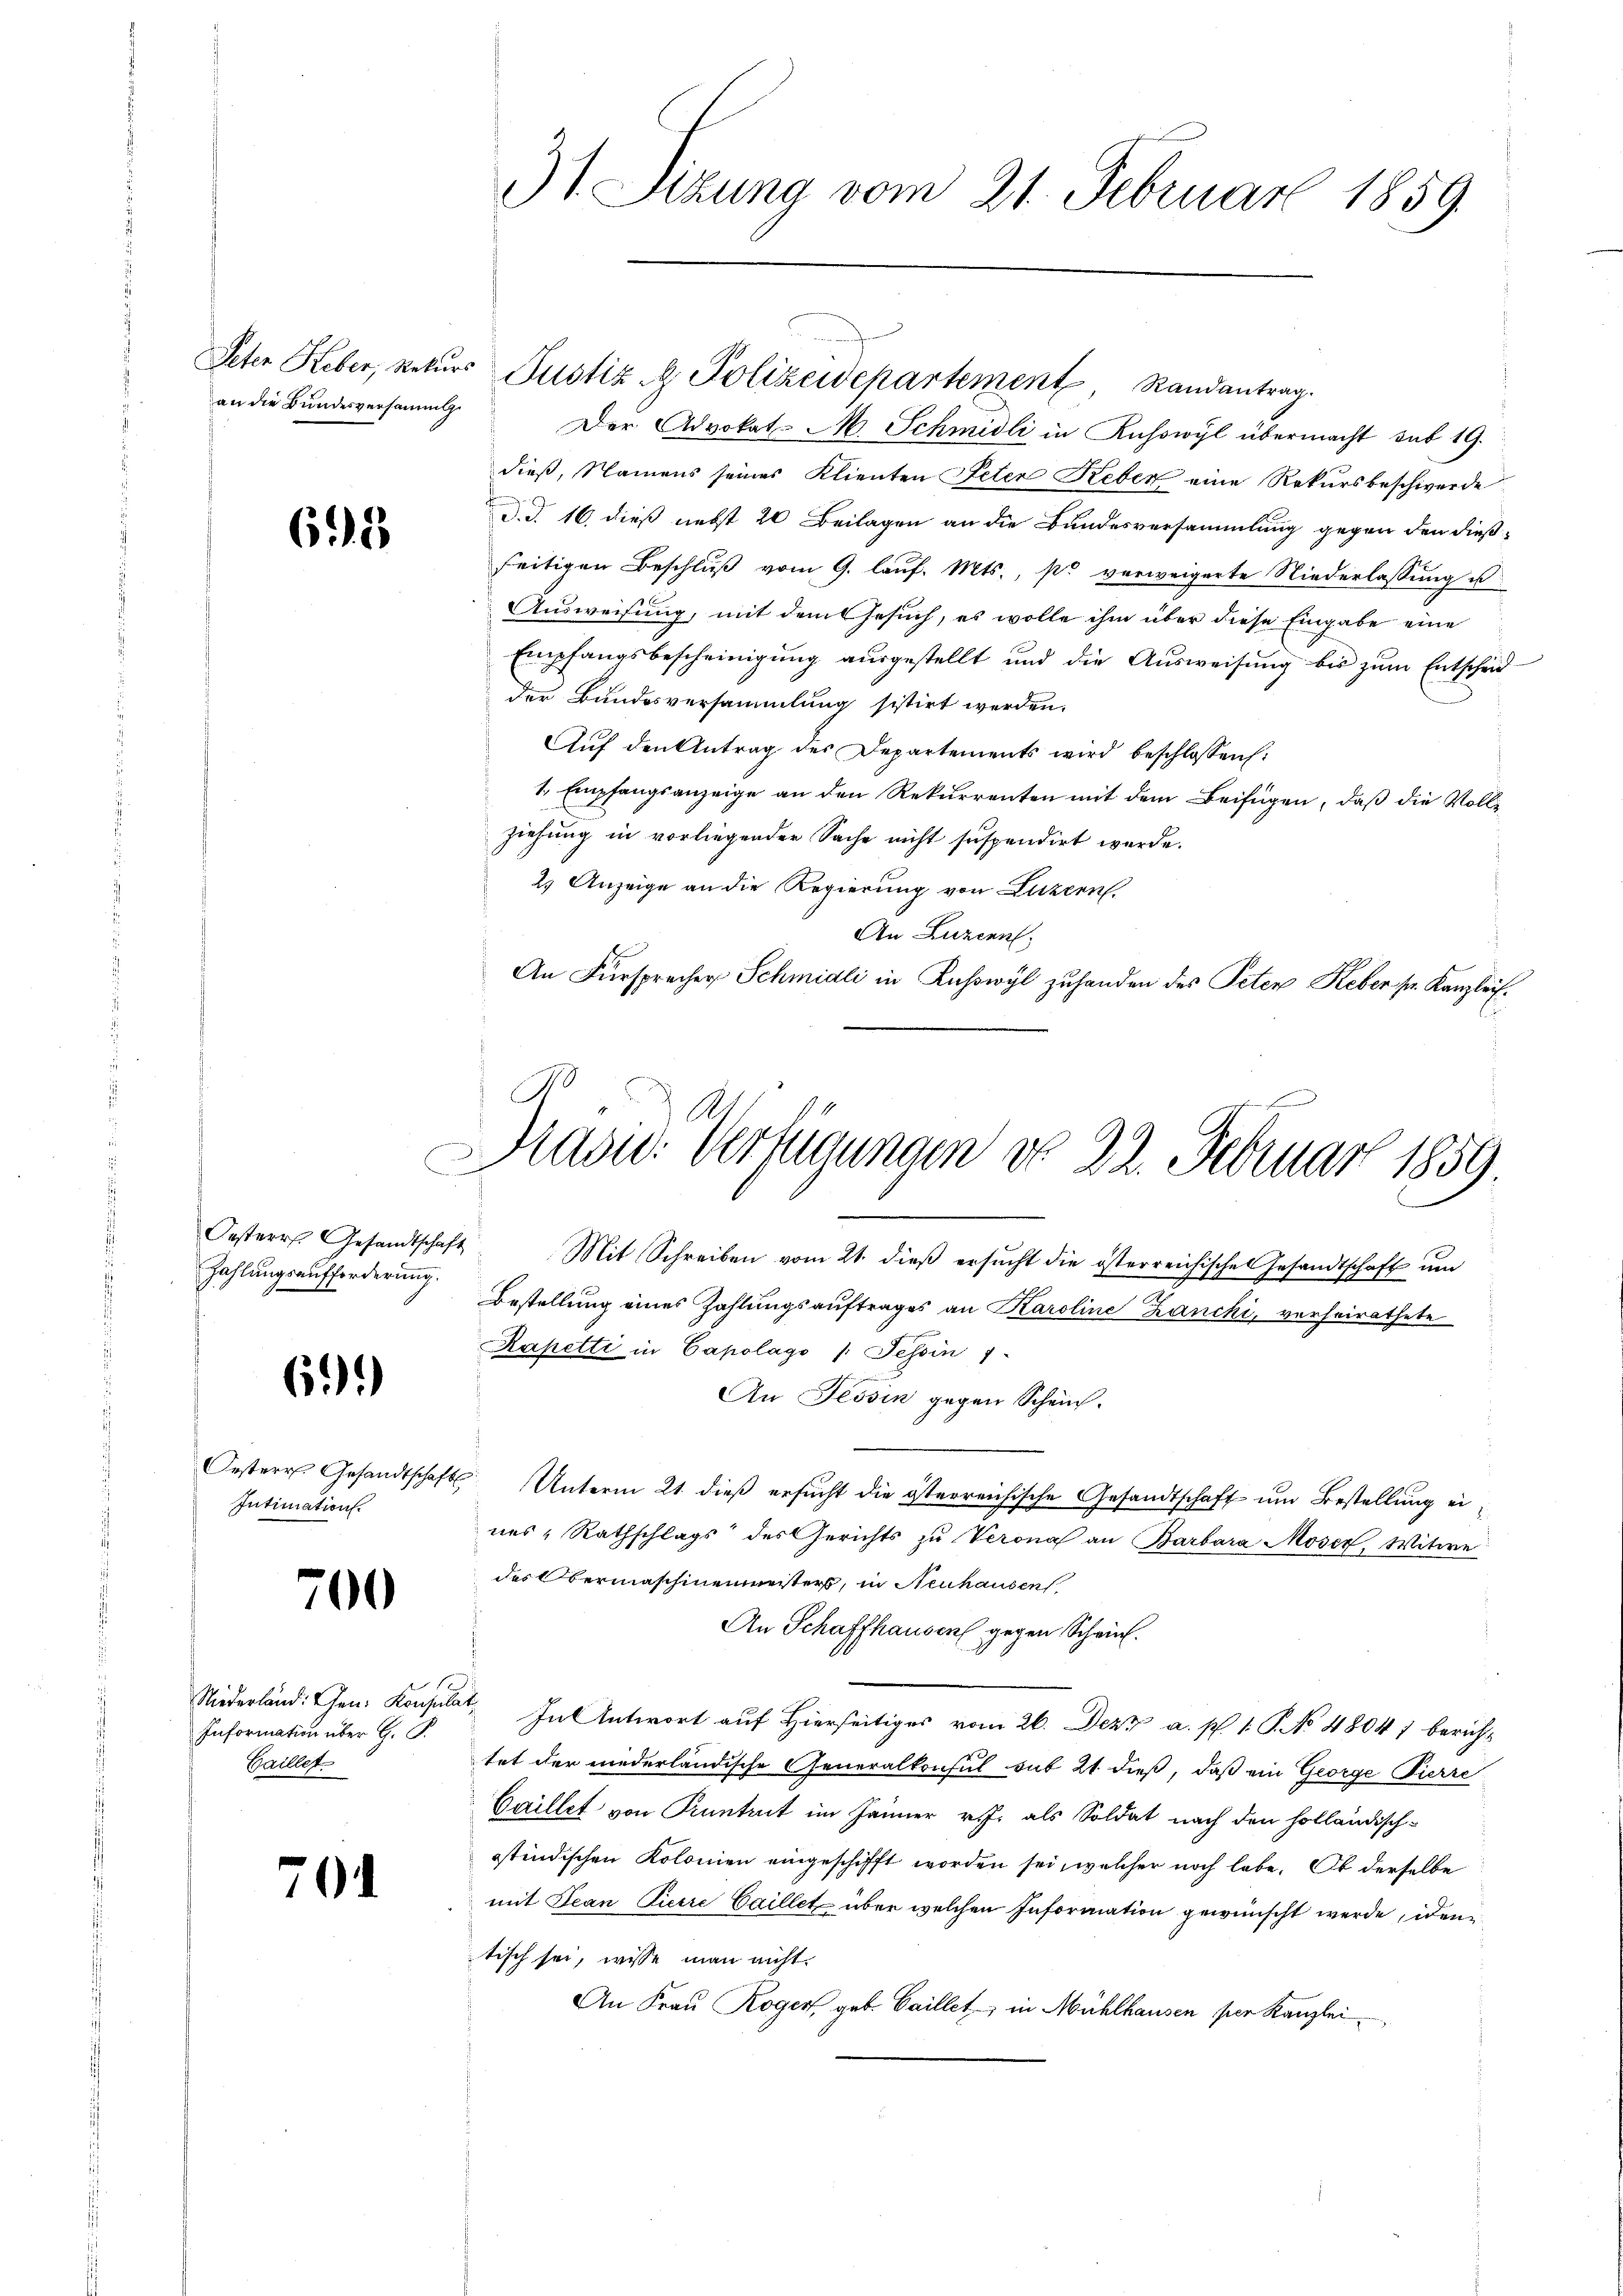
an die Bundesversammlg.

695

Oesterr. Gesandtschaft
Zahlungsaufforderung.

61)

Intimation.

700

Niederland: Chen: Konsulat
Information über G. P.
Gaillet

7

31 Sizung vom 21. Februar 1859

Hasid. Verfügungen do 22. Februar 1859.
i

Der Advokat-M. Schmidli in Kuhswyl übermacht sub 19.
dieß, Namens seines Klienten Peten Reber eine Rekursbeschwerde
d. d. 16. dieß nebst 20 Beilagen an die Bundesversammlung gegen den dießseitigen Beschluß vom 9. lauf. Mts., so verweigerte Niederlassung u
Ausweisung, mit dem Gesuch, es wolle ihm über diese Eingabe eine
Empfangsbescheinigung ausgestellt und die Aŭsweisŭng bis zŭm Entscheid-
der Bundesversammlung sistirt werden.
Auf den Antrag des Departements wird beschlossen:
1. Empfangsanzeige an den Rekurrenten mit dem Beifügen, daß die Vollziehung in vorliegender Sache nicht suspendirt werde.
2) Anzeige an die Regierung von Luzzen.
An Luzern,
An Fürsprecher Schmidli in Ruswyl zuhanden des Peten Keber pr. Kanzlei.
.

Peter Heber, Rekurs Justiz & Polizeidepartement Randantrag.

Mit Schreiben vom 21. dieß ersucht die österreichischen Gesandtschaft und
Bestellung eines Zahlungsauftrages an Karoline Zanchi, verheirathete
Rapetti in Capolagi /: Tessin
An Tessin gegen Schein.
Oesterr Gesandtschaft Unterm 21. dieβ ersŭcht die österreichische Gesandtschaft um Bestellung ei
nes, Rathschlags des Gerichts zu Verona an Barbara Moser, Witwe
des Obermaschinenmeisters, in Neuhausen
An Schaffhausen gegen Schein.
1
In Antwort auf Hierseitiges vom 26. Dezz a. p. 1. P. No 48047 bericht
tet der niederländische Generalkonsul sub 21 dieß, daß ein George Pierre
Caillet von Kuntrut im Jänner v. J. als Soldat nach den holländisch-
stindischen Kolonien eingeschifft worden sei, welcher noch lebe. Ob derselbe
mit Jean Pierre Caillet über welchen Information gewünscht werde, iden
tisch sei, wisse man nicht
An Frau Rogen, geb. Gaillet, in Mühlhausen per Kanzlei